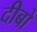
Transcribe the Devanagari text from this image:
दीबो